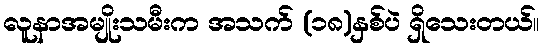
လူနာအမျိုးသမီးက အသက် (၁၈)နှစ်ပဲ ရှိသေးတယ်။